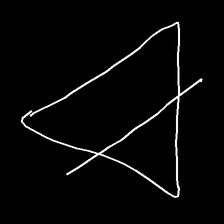
Glyph: empower